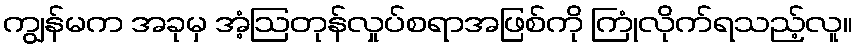
ကျွန်မက အခုမှ အံ့ဩတုန်လှုပ်စရာအဖြစ်ကို ကြုံလိုက်ရသည့်လူ။